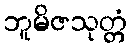
ဘူမိဇသုတ္တံ